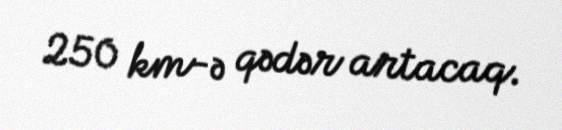
250 km-ə qədər artacaq.